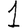
Digit: 1